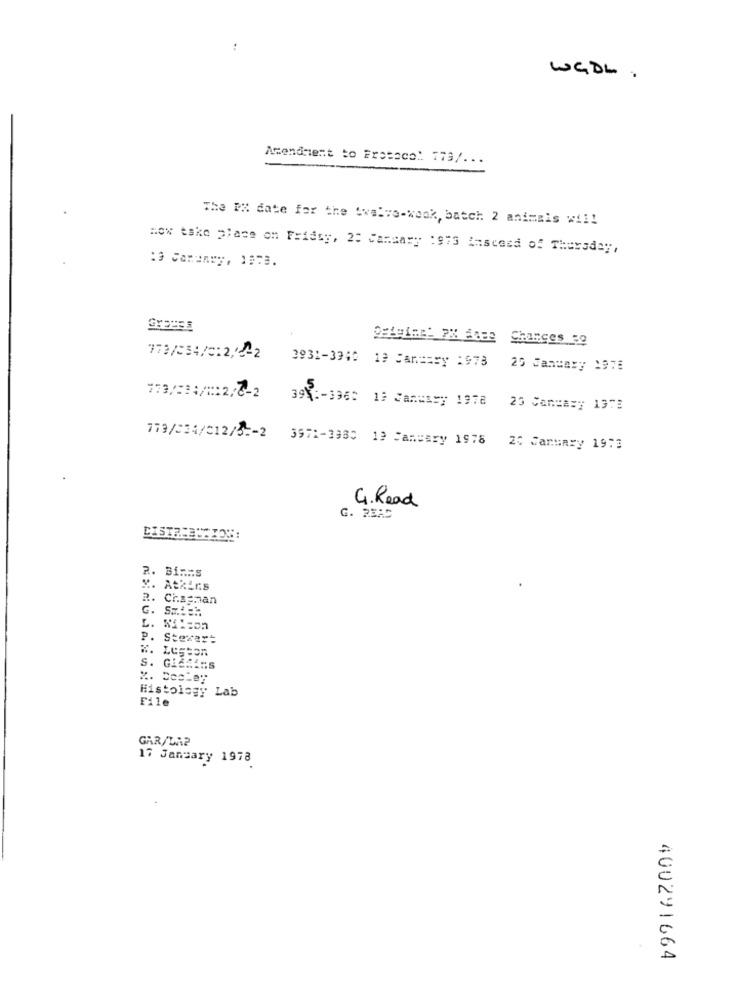
WGDE .
Amendment to Frotaco: 773/. . .
The PX date for the twelve-wook, batch 2 animais wil!
How take place on Friasy, 2: Cammary : 975 insceed of Thursday,
:3 Janunry, 1973.
772/334/212/1-2
3931-3940 19 Sansary :978
25 January 1975
773/11/12/2-2
39 :- 3360 13 Carwary 1978
25 Sansary 1373
779/234/012/52-2 3971-3983 19 Cancery 1978 20 January 1973
G. Read
G. 23AC
R. Bi ...: S
x. Atkins
R. Chapman
G.
L.
P.
Stewart
#. Legton
S.
Histology Lab
File
GAR/LA2
17 January 1978
400291664